Report of the Hyderabad Chloroform Commission
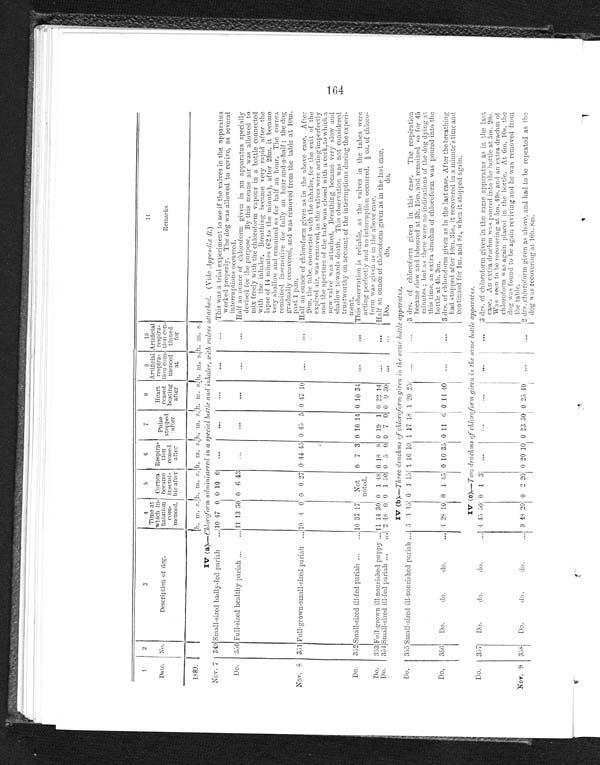
1
2
3
4
5
6
7
8
9
10
11
Date. No.
Description of dog.
Time at
which in-
halation
Com
menced.
Cornea
became
insensi-
ble after
Respira-
t i o n
ceased
after
Pulse
stopped
after
Heart
ceased
beating
after
Artificial
respira-
tin com-
menced
at
Artificial
respira-
tion con-
tinued
for
Remarks.
1889.
h. m.
s.
h. m.
s.
h. m.
s.
h. m.
s. h. m. s.h. m. s h. m. s.
IV ( a) .—Chloroform administered in a special bottle and inhaler, with valves attached. (Vide Appendix B. )
Nov, 7 349 Small-sized badly-fed pariah
. . . 10 47 0 0 10 0
. . .
. . .
. . .
. . .
. . .
This was a trial experiment to see if the valves in the apparatus
worked properly. The dog was allowed to revive, as several
interruptions occurred.
Do.
350 Full-sized healthy pariah . . .
11 13 30 0 6 43
. . .
. . .
. . .
. . .
. . .
Half an ounce of chloroform given in an apparatus specially
devised for the purpose. By this means air was allowed to
mix freely with the chloroform vapour in a bottle connected
with the inhaler. Breathing became very rapid after the
lapse of 14 minutes (62 to the minute), after 23m. it became
very shallow and remained so for half an hour. The cornea
remained insensitive for fully an hour and-a-half; the dog
gradually recovered, and was removed from the table at 10m.
past 1 p.m.
Nov. 8 351 Full-grown-small-sized pariah . . .
10
4 0 0 0 27 0 44 45 0 45 5 0 47 10
. . .
. . .
Half an ounce of chloroform given as in the above case. After
20m. the tube, connected with the inhaler, for the exit of the
expired air, was removed, as the valves were acting imperfectly
and the aperture of the tube was closed with a cork, to which a
new valve was attached. Breathing became very slow and
shallow towards death. This observation was not considered
trustworthy on account of the interruptions during the experi
-
ment.
Do.
352 Small-sized ill-fed pariah . . .
10 37 17 Not
noted.
0 7 3 0 10 14 0 10 34
. . .
. . . This observation is reliable, as the valves in the tubes were
acting perfectly and no interruption occurred. ½ oz. of chloro
-
form was given as in the above case.
Do.
353 Full-grown ill-nourished puppy . . . 11 14 30 0 1 48 0 18 8 0 19 1 0 22 14
. . .
. . .
Half an ounce of chloroform given as in the last case.
Do.
354 Small-sized ill-fed pariah . . .
2 48 0 0 1 50 0 5 0 0 7 0 0 9 30
. . .
. . .
Do. do. do.
IV (b ).—Three drachms of chloroform given in the same bottle apparatus.
Do.
355
S m a l l - s i z e d i l l - n o u r i s h e d p a r i a h . . .
3 1 15 0 1 15 1 16 10 1 17 18 1 20 25
. . .
. . .
3 drs. of chloroform given in this case. The respiration
became slow and laboured at 3h. 15m. and remained so for 45
minutes; but as there were no indications of the dog dying at
this time, an extra drachm of chloroform was poured into the
bottle at 4h. 3m.
Do.
356
Do. do. do. . . .
4
28 10 0 1 45 0 10 35 0 11 6 0 14 40
. . .
. . .
3 drs. of chloroform given as in the last case. After the breathing
had stopped after 10m. 35s., it recovered in a minute's time and
continued for 1m. and 8s., when it stopped again.
IV (c).—Two drachms of chloroform given in the same bottle apparatus.
Do.
357
Do. do. do. . . .
4 45 50 0 1 3
. . .
. . .
. . .
. . .
. . .
3 drs. of chloroform given in the same apparatus as in the last
case. An extra drachm was poured into the bottle at 5m. 20s.
Was seen to be recovering at 5m. 49s. and an extra drachm of
chloroform was again placed in the bottle. At 6m. 10s. the
dog was found to be again reviving and he was removed from
the table.
Nov. 9 358
Do. do. do.
. . . 9 48 20 0 2 20 0 20 10 0 23 30 0 25 10
. . .
. . .
2 drs. chloroform given as above, and had to be repeated as the
dog was recovering at 10h. 8m.